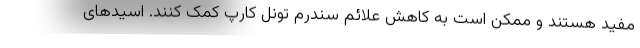
مفید هستند و ممکن است به کاهش علائم سندرم تونل کارپ کمک کنند. اسیدهای